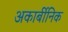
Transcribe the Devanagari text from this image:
अकार्बीनिक